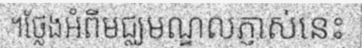
។ថ្លែងអំពីមជ្ឈមណ្ឌលភ្ញាស់នេះ